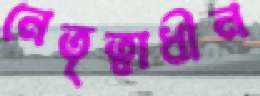
নেতৃত্বাধীন